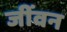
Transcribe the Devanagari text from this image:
जींवन